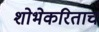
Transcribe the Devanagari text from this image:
शोभेकरिताच